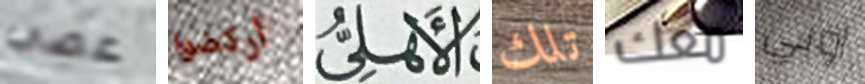
عصي أركضوا الأهلى تلك معك اوبي